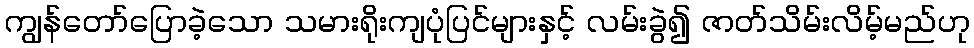
ကျွန်တော်ပြောခဲ့သော သမားရိုးကျပုံပြင်များနှင့် လမ်းခွဲ၍ ဇာတ်သိမ်းလိမ့်မည်ဟု